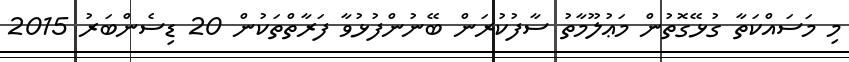
މި މަސައްކަތާ ގުޅޭގޮތުން މަޢުލޫމާތު ސާފުކުރަން ބޭނުންފުޅުވާ ފަރާތްތަކުން 20 ޑިސެންބަރު 2015